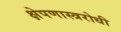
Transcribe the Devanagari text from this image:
क्षेपणास्त्ररोधी